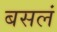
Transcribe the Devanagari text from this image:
बसलं